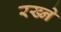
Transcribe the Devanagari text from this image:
रख्ने